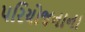
પરિયોજનાના